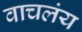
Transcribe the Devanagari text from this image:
वाचलंय